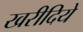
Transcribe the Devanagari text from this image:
खरीदिये